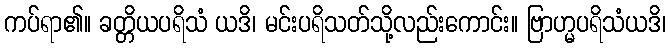
ကပ်ရာ၏။ ခတ္တိယပရိသံ ယဒိ၊ မင်းပရိသတ်သို့လည်းကောင်း။ ဗြာဟ္မပရိသံယဒိ၊